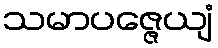
သမာပဇ္ဇေယျံ